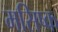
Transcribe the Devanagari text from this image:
मसिष्क